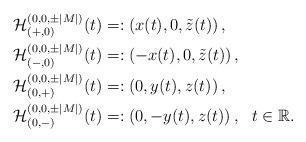
LaTeX: \begin{align*}\mathcal{H}_{(+,0)}^{(0,0,\pm |M|)}(t)&=:\left(x(t),0,\tilde{z}(t)\right),\\\mathcal{H}_{(-,0)}^{(0,0,\pm |M|)}(t)&=:\left(-x(t),0,\tilde{z}(t)\right),\\\mathcal{H}_{(0,+)}^{(0,0,\pm |M|)}(t)&=:\left(0,y(t),z(t)\right),\\\mathcal{H}_{(0,-)}^{(0,0,\pm |M|)}(t)&=:\left(0,-y(t),z(t)\right), ~~ t\in\mathbb{R}.\end{align*}